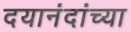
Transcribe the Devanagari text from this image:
दयानंदांच्या